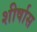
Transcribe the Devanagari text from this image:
शीर्षास